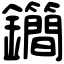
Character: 𨰝